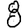
Digit: 8